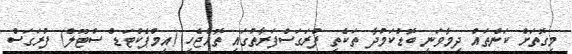
މިގޮތަށް ކަންތައް ދިމާވަނީ ބޮޑުކަމުދާ ތަކެތި ފުރަގަސްފަރާތުގައި ތޮއްޖެހި (އިމްޕެކްޓަޑް ސްޓޫލް) ފުރަގަސް